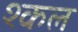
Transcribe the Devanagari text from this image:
श्कल